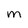
Character: m